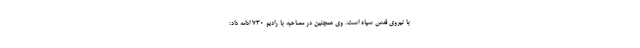
با نیروی قدس سپاه است. وی همچنین در مصاحبه با رادیو 730 ادامه داد: